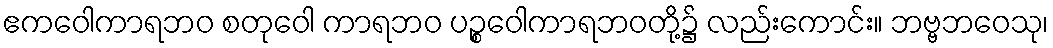
ဧကဝေါကာရဘဝ စတုဝေါ ကာရဘဝ ပဉ္စဝေါကာရဘဝတို့၌ လည်းကောင်း။ ဘဗ္ဗဘဝေသု၊